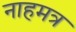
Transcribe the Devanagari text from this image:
नाहमत्र